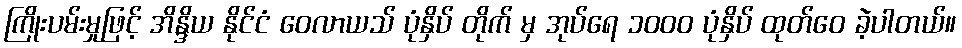
ကြိုးပမ်းမှုဖြင့် အိန္ဒိယ နိုင်ငံ ဝေလာယသ် ပုံနှိပ် တိုက် မှ အုပ်ရေ ၁၀၀၀ ပုံနှိပ် ထုတ်ဝေ ခဲ့ပါတယ်။